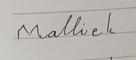
Signature authenticity: forged